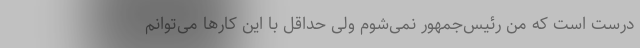
درست است که من رئیس‌جمهور نمی‌شوم ولی حداقل با این کارها می‌توانم